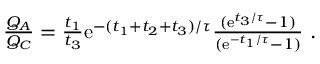
\begin{array} { r } { \frac { Q _ { A } } { Q _ { C } } = \frac { t _ { 1 } } { t _ { 3 } } \mathrm { e } ^ { - ( t _ { 1 } + t _ { 2 } + t _ { 3 } ) / \tau } \frac { ( \mathrm { e } ^ { t _ { 3 } / \tau } - 1 ) } { ( \mathrm { e } ^ { - t _ { 1 } / \tau } - 1 ) } ~ . } \end{array}